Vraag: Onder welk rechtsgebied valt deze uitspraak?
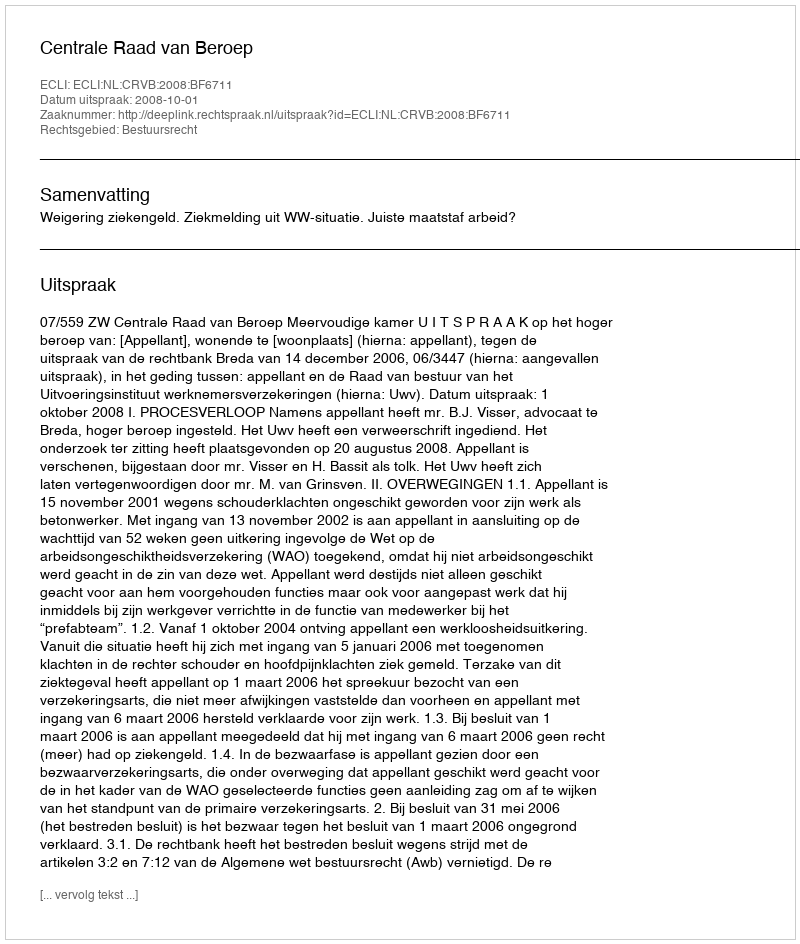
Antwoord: Bestuursrecht